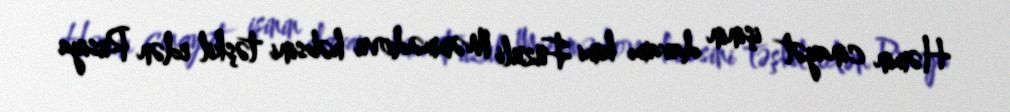
Həmin cinayət işinin davamı kimi Füzuli Məmmədovu həbsini təşkil edən Rusiya